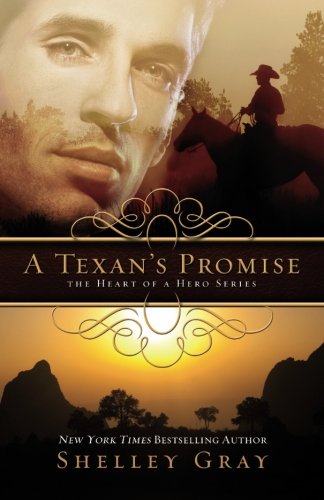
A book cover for A Texan's Promise: The Heart of a Hero Series - Book 1; Shelley Gray; Christian Books & Bibles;